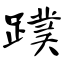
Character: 蹼